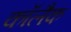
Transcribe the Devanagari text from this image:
कॉलैक